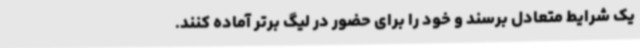
یک شرایط متعادل برسند و خود را برای حضور در لیگ برتر آماده کنند.